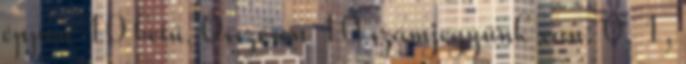
éppen 10 betű. Összesen 10 számjegyünk van: 0, 1,